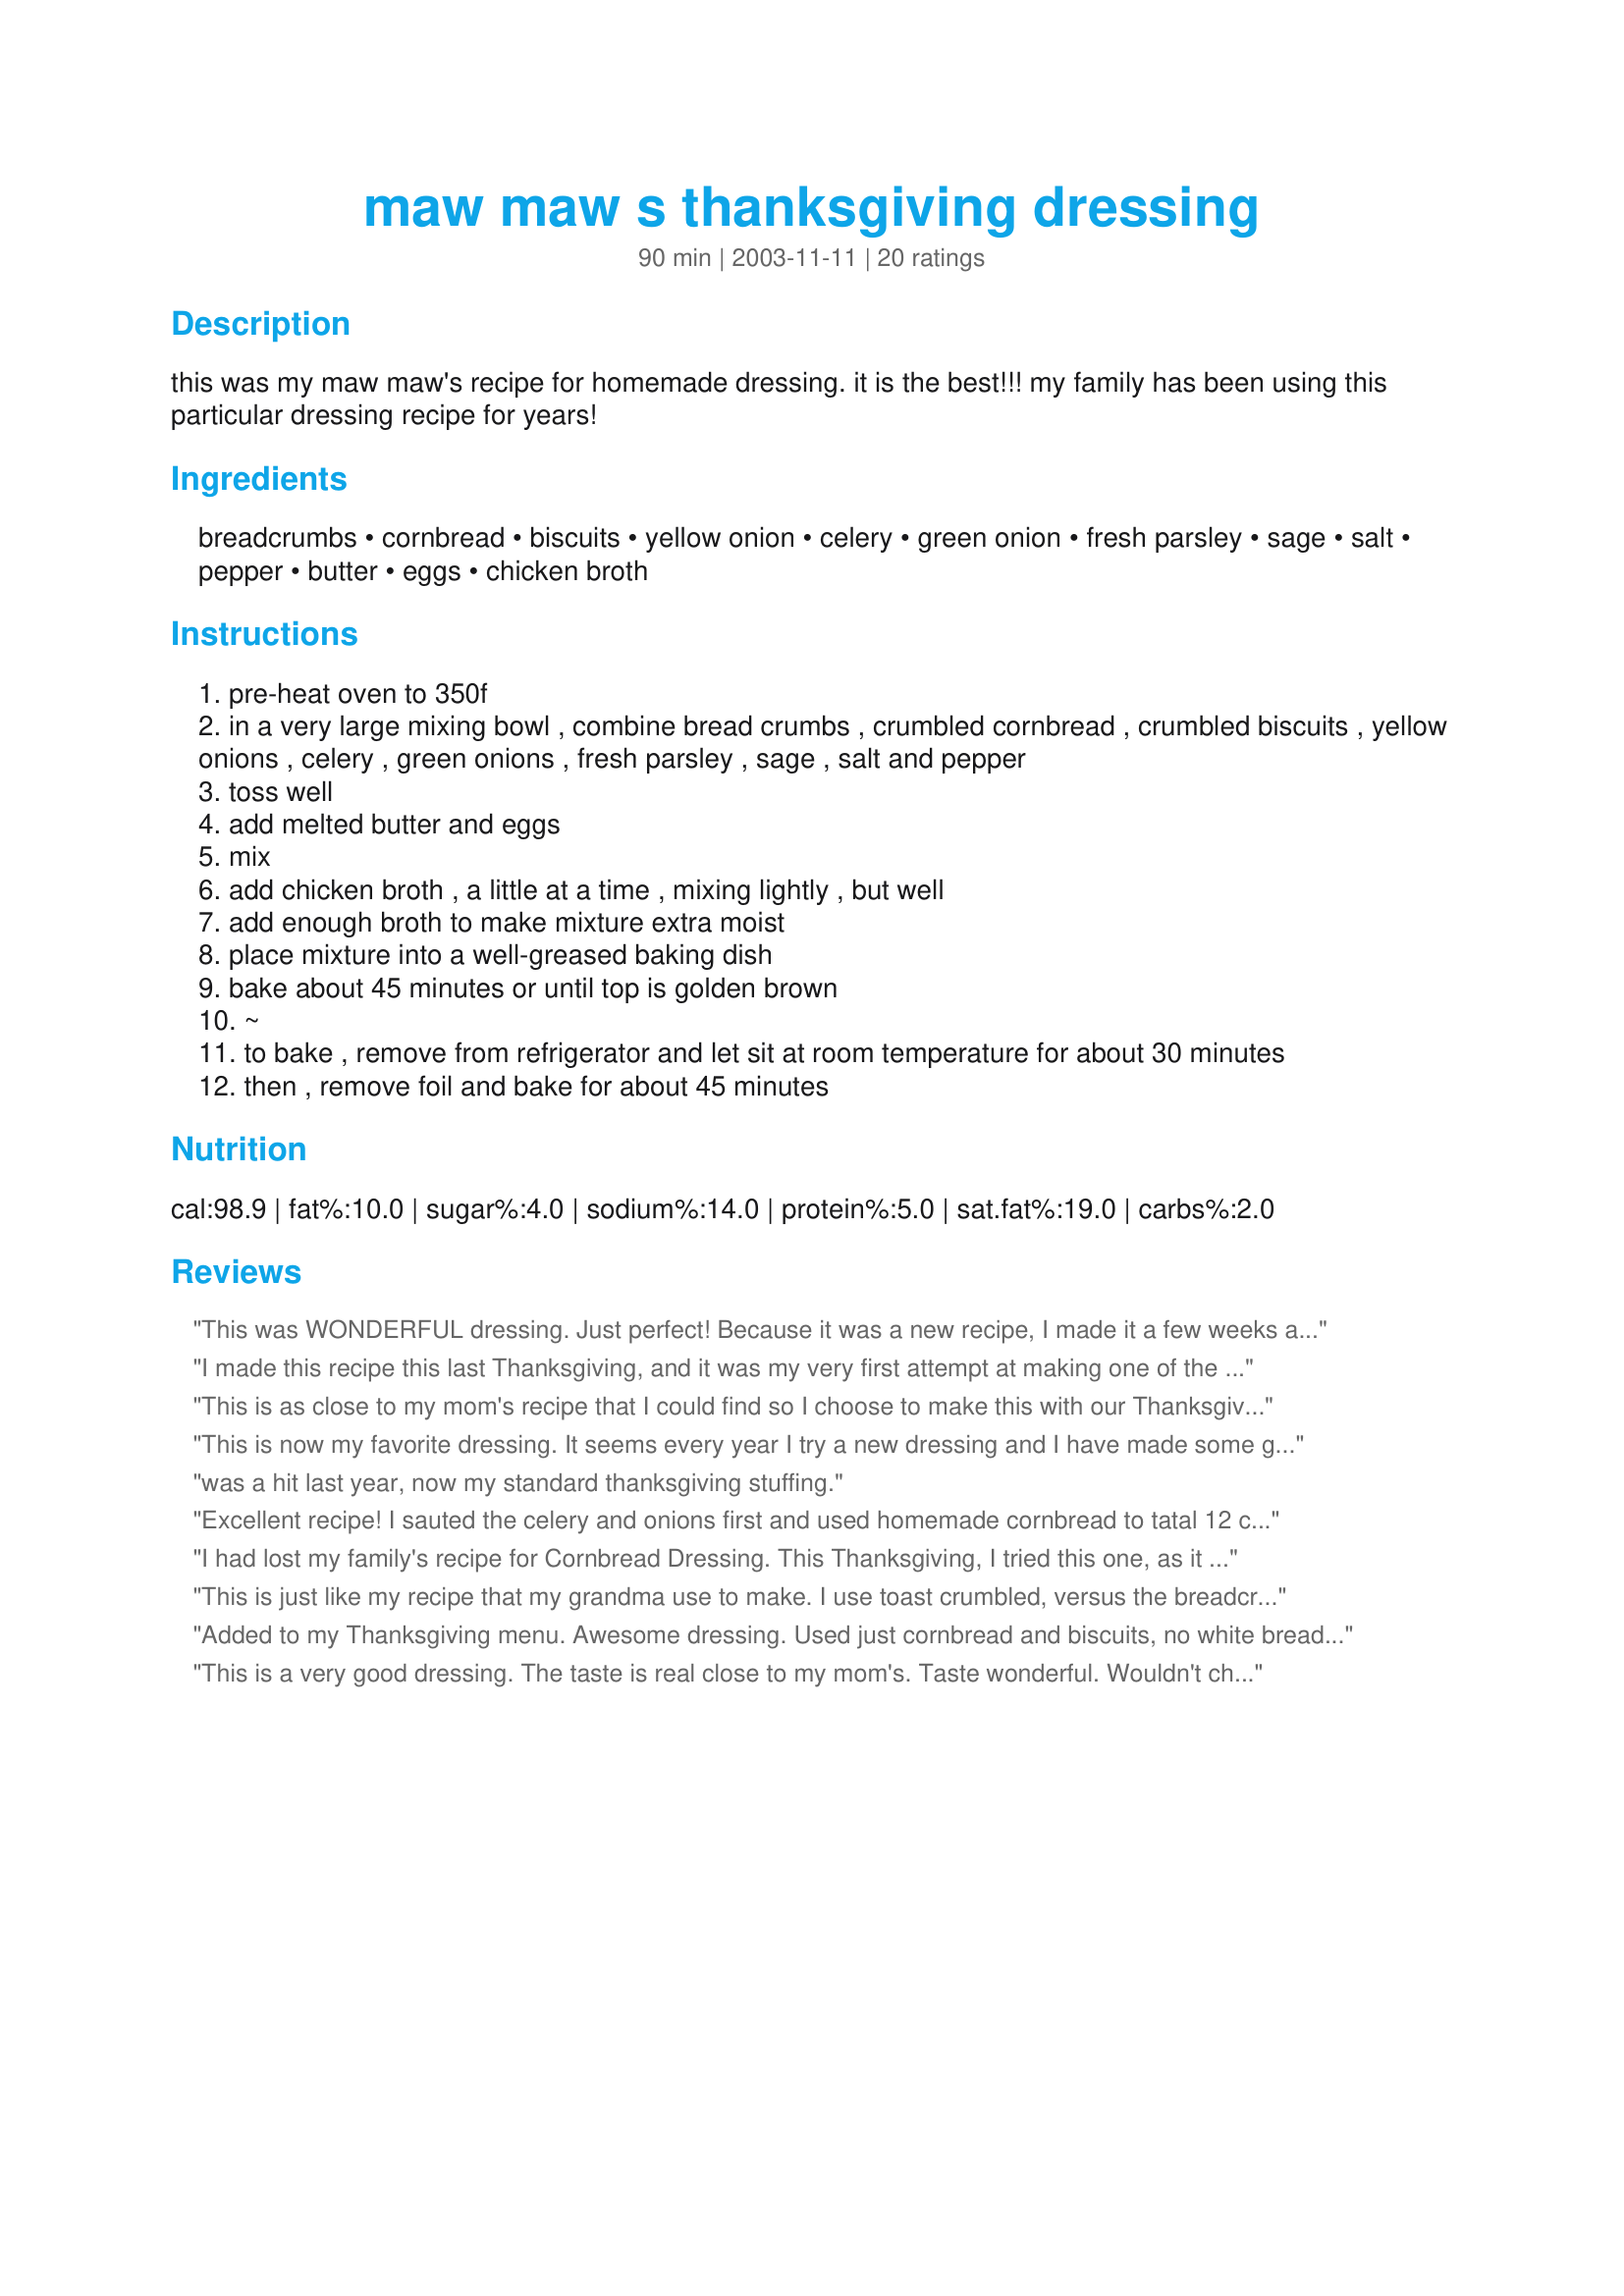
maw maw s thanksgiving dressing
Preparation time: 90 minutes

this was my maw maw's recipe for homemade dressing. it is the best!!! my family has been using this particular dressing recipe for years!

Ingredients:
breadcrumbs, cornbread, biscuits, yellow onion, celery, green onion, fresh parsley, sage, salt, pepper, butter, eggs, chicken broth

Steps:
pre-heat oven to 350f
in a very large mixing bowl , combine bread crumbs , crumbled cornbread , crumbled biscuits , yellow onions , celery , green onions , fresh parsley , sage , salt and pepper
toss well
add melted butter and eggs
mix
add chicken broth , a little at a time , mixing lightly , but well
add enough broth to make mixture extra moist
place mixture into a well-greased baking dish
bake about 45 minutes or until top is golden brown
~
to bake , remove from refrigerator and let sit at room temperature for about 30 minutes
then , remove foil and bake for about 45 minutes

Reviews:
This was WONDERFUL dressing. Just perfect! Because it was a new recipe, I made it a few weeks ago to give it a test run to make sure I wanted to use it for Thanksgiving. I am glad I did, because the first time I used a cornbread that was too sweet and it ruined the dressing. This time I used a cornbread with NO sugar and it was PERFECT! Make SURE you don't use a sweet cornbread and you will have a 5 Star Winner!!!
I made this recipe this last Thanksgiving, and it was my very first attempt at making one of the most important dishes of the meal, it turned out great!!! I got many compliments, and have made it twice since for my husband who loves it. I did end up using 6 cups of broth the first time, which made it almost too moist, so I lessened it to somewhere around 4 1/2 - 5 cups of broth, and it was awesome! If I can make this, anyone can!
This is as close to my mom's recipe that I could find so I choose to make this with our Thanksgiving dinner. I did not use biscuits but substituted with more day old french bread and added a little more seasoning including poultry seasoning as mom taught me but followed the rest of the recipe exactly. My DH who usually does not eat stuffing had 2 helpings as did DD. It was truly wonderful and just like I remember. Good job Kim!
This is now my favorite dressing. It seems every year I try a new dressing and I have made some good dressing, but this reminds me of how mom used to make it and that makes it the best yet! Thank you for sharing this great recipe. It is a keeper.. This has ended my hunt for dressing like mom used to make!
was a hit last year, now my standard thanksgiving stuffing.
Excellent recipe! I sauted the celery and onions first and used homemade cornbread to tatal 12 cups. This tastes just like the dressing I had when I was a kid at home. LOVE IT.
I had lost my family's recipe for Cornbread Dressing. This Thanksgiving, I tried this one, as it very closely resembled my family's. The only differences are that my old recipe called to saute the onions and celery first, and to use 6 cups each of biscuits and cornbread, without any day old bread crumbs.

Great recipe! Identical in taste and texture!
This is just like my recipe that my grandma use to make. I use toast crumbled, versus the breadcrumbs and I don't use the biscuits. Also, I like to add some poultry seasoning, and lemon pepper. I also use lots of parsley!! It is a wonderful recipe. Thank you for posting this.
love,
becky
I also add some garlic to the sauteed onion and celery and a bit of garlic powder to the dressing.
Added to my Thanksgiving menu. Awesome dressing. Used just cornbread and biscuits, no white bread. I saute the onions and celery first out of habit. Also, my mom told me to add some chopped boiled eggs, as her mom always made it. I'm not a fan of it, but just an idea for anyone else.
This is a very good dressing. The taste is real close to my mom's. Taste wonderful. Wouldn't change a thing. Thanks for posting.
This is pretty much the way I make dressing, which I learned from my mother and grandmother. Sometimes I leave out the biscuits, and it's fine without them. You can also use croutons in place of bread crumbs. I don't use green onions, and I use poultry seasoning instead of parsley and sage. IMO, it's just not Thanksgiving without this! Thanks for posting!
yummy!! this is the closest recipe to my mamaw's dressing. i made this for thanksgiving with a few changes. i used 2 different kinds of cornbread (jiffy and marie callender's), biscuits and pepperadge farms seasoned bread cubes. i omitted the green onion and sauteed my red onion, celery and garlic along with a drained large can of chicken (mamaw always did). i also added way more pepper. i also stir the dressing a few times while baking. anyway, this recipe is a keeper. we loved it!! like i said, tasted just like mamaw's! will be making this every thanksgiving! thanks for posting!
I made this for Thanksgiving and it was such a hit! I made half of it in the bird and baked the other half out of it and they were both delicious! They made great left overs too!
Very good. I added a little sausage to it.
Great dressing! Only thing I would change is perhaps to use a low-sodium broth, and omit the tsp of salt, as it was just a tad salty for our tastes. Otherwise, a definate keeper! Thanks for posting this! :)
Made this for Easter. Turned out great. Everyone loved it! Didn't change a thing.** Used this recipe again for 2006 Thanksgiving. Again, everyone loved it. Followed recipe exactly. Yum-Yum!
I cooked this for Thanksgiving and want to give a few tips as I made mistakes that would be easy to do, and not through any fault of the recipe the way it is written. It woudl have been awesome if I had first, used REGULAR cornbread. I used Jiffy which has sugar in it therefore it was SWEET dressing. So think about the dressings you've liked in the past, and if they weren't sweet, just good and flavorful, make sure to use regular cornmeal. Last, my family likes our dressing very moist, not the kind that hardens once it cools so that you have to cut it in squares. Well, even though I added 3 c. of chicken broth and it seemed to be moist at that stage, it wasn't close to being moist after it cooked! So make sure to bring the dressing to an almost runny consitency, more like a thin casserole and less like a cake batter, if you want it to be soft and moist once cooked. Moist really shouldn't describe what you are trying to attain anyway. It can be moist at many levels. I think the distinction here should be: do you want it to scoop out EASILY like a squash casserole, or do you want it so firm you'll need a knife that can cut it into squares. if you want more of the casserole consistency, you'll need 4-6 c. of broth, no less! And keep in mind this won't be runny, but will be just way softer and lighter than if you put less broth! Bottom line, this dressing is awesome - so do it towards your own tastes.
This was a hit. There were no leftovers. didnt use the breadcrumbs though just more cornbread and biscuits. absoutley delicious, will definatley be making this again.
I've made this for three years now and it's demanded that I make enough for leftovers. Excellent!
Wonderful Dressing! I did not use the breadcrumbs, just added more cornbread and biscuits. I also sauteed the celery and onions in lots of butter before adding. This is an excellent recipe. Will make again and again!
